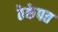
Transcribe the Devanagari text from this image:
ठेकेपत